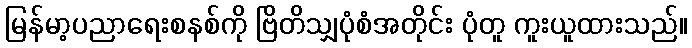
မြန်မာ့ပညာရေးစနစ်ကို ဗြိတိသျှပုံစံအတိုင်း ပုံတူ ကူးယူထားသည်။